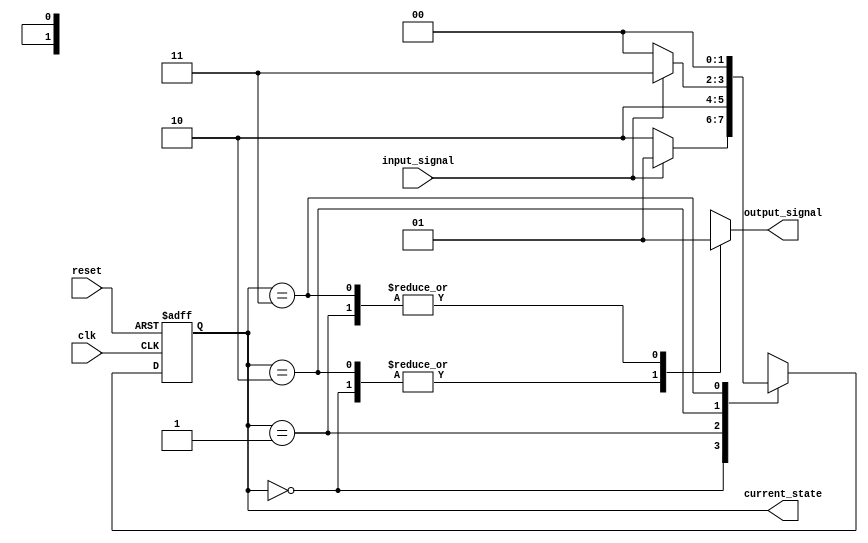
module FSM(
    input wire clk, // Clock signal
    input wire reset, // Reset signal
    input wire input_signal, // Input signal
    
    output reg [1:0] current_state,
    output reg output_signal
);

// State variables
parameter STATE_A = 2'b00;
parameter STATE_B = 2'b01;
parameter STATE_C = 2'b10;
parameter STATE_D = 2'b11;

// Define state transitions
always @(posedge clk or posedge reset) begin
    if (reset) begin
        current_state <= STATE_A;
    end else begin
        case (current_state)
            STATE_A: begin
                if (input_signal) begin
                    current_state <= STATE_B;
                end else begin
                    current_state <= STATE_C;
                end
            end
            STATE_B: begin
                current_state <= STATE_C;
            end
            STATE_C: begin
                if (input_signal) begin
                    current_state <= STATE_D;
                end else begin
                    current_state <= STATE_A;
                end
            end
            STATE_D: begin
                current_state <= STATE_A;
            end
        endcase
    end
end

// Define output signal based on current state
always @* begin
    case (current_state)
        STATE_A: begin
            output_signal = 1'b0;
        end
        STATE_B: begin
            output_signal = 1'b1;
        end
        STATE_C: begin
            output_signal = 1'b0;
        end
        STATE_D: begin
            output_signal = 1'b1;
        end
    endcase
end

endmodule